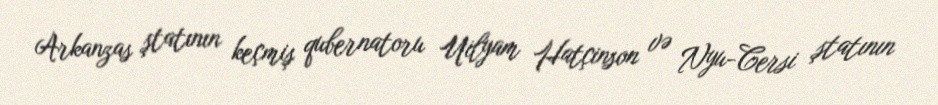
Arkanzas ştatının keçmiş qubernatoru Uilyam Hatçinson və Nyu-Cersi ştatının